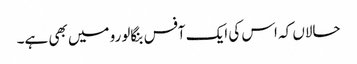
حالاں کہ اس کی ایک آفس بنگالورو میں بھی ہے۔